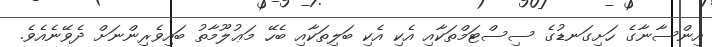
އިންސާނާގެ ހަށިގަނޑުގެ ސިސްޓަމްތަކާއި އެކި އެކި ބަލިތަކާއި ބެހޭ މަޢުލޫމާތު ބައިވެރިންނަށް ދެވޭނެއެވެ.